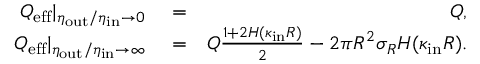
\begin{array} { r l r } { Q _ { \mathrm { e f f } } | _ { \eta _ { \mathrm { o u t } } / \eta _ { \mathrm { i n } } \to 0 } } & { { } = } & { Q , } \\ { Q _ { \mathrm { e f f } } | _ { \eta _ { \mathrm { o u t } } / \eta _ { \mathrm { i n } } \to \infty } } & { { } = } & { Q \frac { 1 + 2 H ( \kappa _ { \mathrm { i n } } R ) } { 2 } - 2 \pi R ^ { 2 } \sigma _ { R } H ( \kappa _ { \mathrm { i n } } R ) . } \end{array}